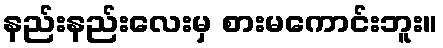
နည်းနည်းလေးမှ စားမကောင်းဘူး။